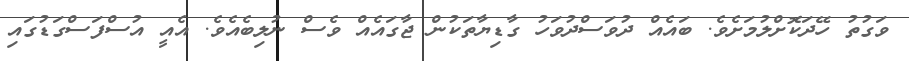
ވަގުތު ހޭދަކޮށްލުމަށެވެ. ބައެއް ދުވަސްދުވަހު ގާޑިޔާތަކުން ޖާގައެއް ވެސް ނުލިބެއެވެ. އެއީ އުސްފަސްގަޑުގައި